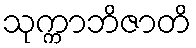
သုက္ကာဘိဇာတိ